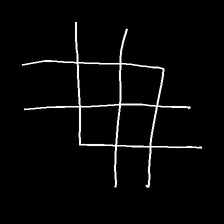
Glyph: crystal